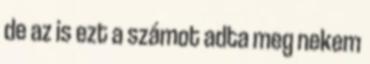
de az is ezt a számot adta meg nekem